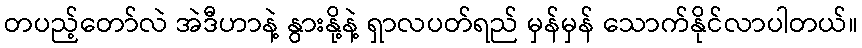
တပည့်တော်လဲ အဲဒီဟာနဲ့ နွားနို့နဲ့ ရှာလပတ်ရည် မှန်မှန် သောက်နိုင်လာပါတယ်။